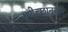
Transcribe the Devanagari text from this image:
यथेच्छानुसार